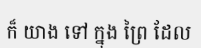
ក៏ យាង ទៅ ក្នុង ព្រៃ ដែល